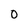
Character: 0